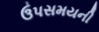
ઉપસમયની